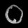
Digit: ၀